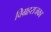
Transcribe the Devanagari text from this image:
विग्रहराजका